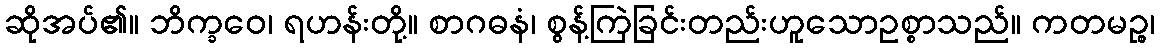
ဆိုအပ်၏။ ဘိက္ခဝေ၊ ရဟန်းတို့။ စာဂဓနံ၊ စွန့်ကြဲခြင်းတည်းဟူသောဥစ္စာသည်။ ကတမဉ္စ၊